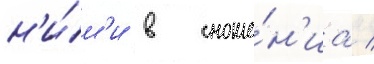
н'и́м'и в сноше́н'иа /